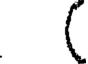
(